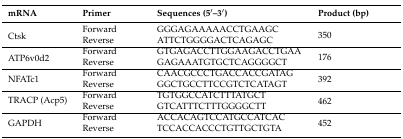
<table><thead><tr><td><b>mRNA</b></td><td><b>Primer</b></td><td><b>Sequences (5ʹ–3ʹ)</b></td><td><b>Product (bp)</b></td></tr></thead><tbody><tr><td rowspan="2">Ctsk</td><td>Forward</td><td>GGGAGAAAAACCTGAAGC</td><td rowspan="2">350</td></tr><tr><td>Reverse</td><td>ATTCTGGGGACTCAGAGC</td></tr><tr><td rowspan="2">ATP6v0d2</td><td>Forward</td><td>GTGAGACCTTGGAAGACCTGAA</td><td rowspan="2">176</td></tr><tr><td>Reverse</td><td>GAGAAATGTGCTCAGGGGCT</td></tr><tr><td rowspan="2">NFATc1</td><td>Forward</td><td>CAACGCCCTGACCACCGATAG</td><td rowspan="2">392</td></tr><tr><td>Reverse</td><td>GGCTGCCTTCCGTCTCATAGT</td></tr><tr><td rowspan="2">TRACP (Acp5)</td><td>Forward</td><td>TGTGGCCATCTTTATGCT</td><td rowspan="2">462</td></tr><tr><td>Reverse</td><td>GTCATTTCTTTGGGGCTT</td></tr><tr><td rowspan="2">GAPDH</td><td>Forward</td><td>ACCACAGTCCATGCCATCAC</td><td rowspan="2">452</td></tr><tr><td>Reverse</td><td>TCCACCACCCTGTTGCTGTA</td></tr></tbody></table>